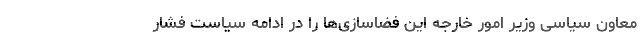
معاون سیاسی وزیر امور خارجه این فضاسازی‌ها را در ادامه سیاست فشار